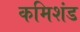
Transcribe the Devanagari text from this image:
कमिशंड